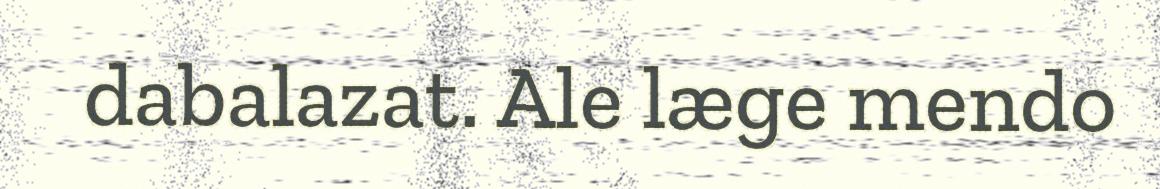
dabalazat. Ale læge mendo